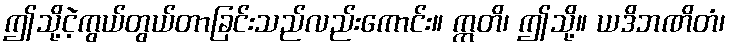
ဤသို့ငဲ့ကွယ်တွယ်တာခြင်းသည်လည်းကောင်း။ ဣတိ၊ ဤသို့။ ယဒိဘဏိတံ၊